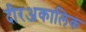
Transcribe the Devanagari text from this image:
दीरअकालिक